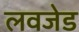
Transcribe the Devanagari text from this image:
लवजेड